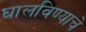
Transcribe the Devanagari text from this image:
घालविण्याचे